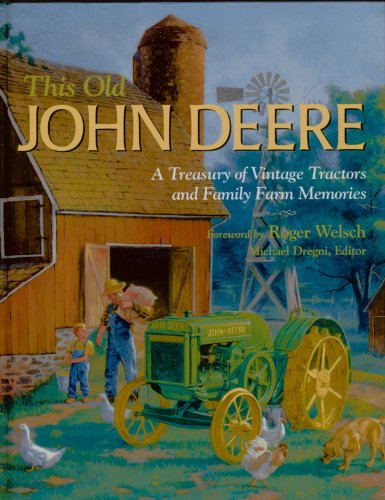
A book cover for This Old John Deere: A Treasury of Vintage Tractors and Family Farm Memories; Michael Dregni; Humor & Entertainment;